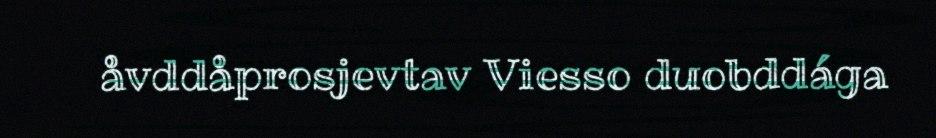
åvddåprosjevtav Viesso duobddága